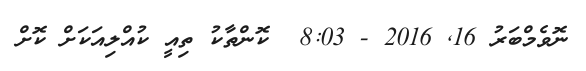
ނޮވެމްބަރު 16